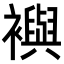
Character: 𧞏